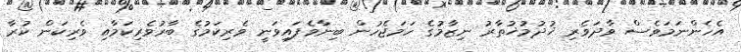
އެހެންނަމަވެސް ވާދަވެރި ޚުދުމުޚުތާރު ނިޒާމުގެ ހަމަޖެހުން ބިނާވެފައިވަނީ ވެރިކަމުގެ ބާރުވެރިކަމާއި ވެރިކަން ކުރާ